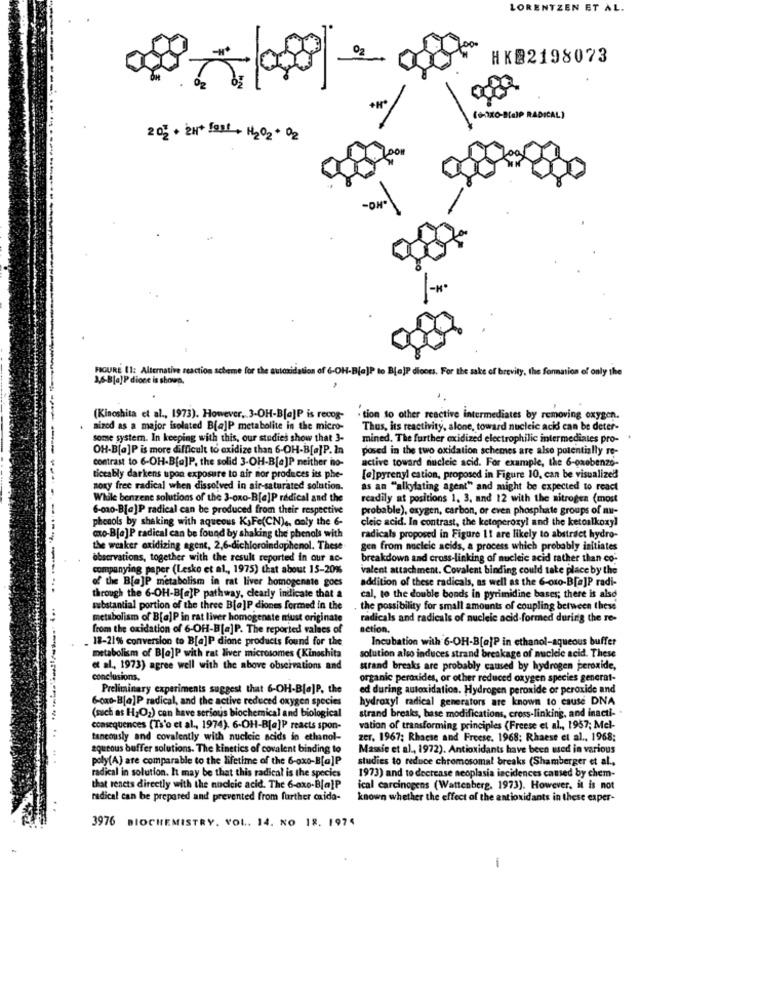
LORENTZEN ET AL.
02
HKB2198073
(GORO-BIGIP RADICAL)
2 02 + 2H* Fax: + H2O2+ O2
-OH-
FIGURE (1: Alternative reaction scheme for the autoxidation of 6-OH-B[e]? to B[e]P dicots. For the sake of brevity, the formation of only the
1,6-B[a]P dione is shown.
(Kinoshita et al ., 1973). However, 3-OH-B[a]P is recog-
"tion to other reactive intermediates by removing oxygen.
nized as a major isolated B[a]P metabolite in the micro-
Thus, its reactivity, alone, toward nucleic acids can be deter-
some system. In keeping with this, our studies show that 3-
mined. The further oxidized electrophilic intermediates pro- .
OH-B[a]P is more difficult to oxidize than 6-OH-B[a]P. In
posed in the two oxidation schemes are also potentially re-
contrast to 6-OH-B[a]P, the solid 3-OH-B[e]P neither no-
active toward nucleic acid. For example, the 6-oxobenzo-
ticeably darkens upon exposure to air nor produces its phe-
[@]pyrenyl cation, proposed in Figure 10, can be visualized
noxy free radical when dissolved in air-saturated solution.
as an ""alkylating agent" and might be expected to react
Whule benzene solutions of the 3-oxo-B[e]P radical and the
readily at positions 1, 3, and 12 with the nitrogen (most
6-ma0-B[a]P radical can be produced from their respective
probable), oxygen, carbon, or even phosphate groups of au-
phenols by shaking with aqueous K,Fe(CN) ,, only the 6-
cleic acid. In contrast, the ketoperoxyl and the ketoalkoxy!
axo-B[a]P radical can be found by shaking the phenols with
radicals proposed in Figure 11 are likely to abstrdet hydro-
the weaker oxidizing agent, 2,6-dichloraindaphenol. These
gen from nucleic acids, a process which probably initiates
observations, together with the result reported in our ac-
breakdown and cross-linking of nucleic acid rather than co.
companying paper (Lesko et al ., 1975) that about 15-20%
valent attachment. Covalent binding could tate place by the
of the B[a]P metabolism in rat liver homogenate goes
addition of these radicals, as well as the 6-oxo-B[e]P radi-
through the 6-OH-B[a]P pathway, clearly indicate that a
cal, to the double bonds in pyrimidine bases; there is also
substantial portion of the three B[e]P diones formed in the
the possibility for small amounts of coupling between these
metabolism of B[a]Pin rat liver homogenate must originate
radicals and radicals of nucleic acid-formed during the re-
from the oxidation of 6-OH-B[a]P. The reported valses of
action.
18-21% conversion to B[a]P dione products found for the
Incubation with 6-OH-B[a]P in ethanol-aqueous buffer
metabolism of B[o]P with rat liver microsomes (Kinoshita
solution also induces strand breakage of nucleic acid. These
et al ., 1973) agree well with the above observations and
strand breaks are probably caused by hydrogen peroxide,
conclusions.
organic peroxides, or other reduced oxygen species generat-
Preliminary experiments suggest that 6-OH-B[a]P, the
ed during autoxidation. Hydrogen peroxide or peroxide and
hydroxy! radical generators are known to cause DNA
6-oxo-B[a]P radical, and the active reduced oxygen species
strand breaks, base modifications, cross-linking, and inacti- .
(such as H2O2) con have serious biochemical and biological
consequences (Ts'o et al ., 1974). 6-OH-B[a]P reacts spon-
vation of transforming principles (Freese et al ., 1957; Mel-
taneously and covalently with nucleic acids in ethanol-
zer, 1967; Rhaese and Freese. 1968; Rhaese et al ., 1968;
aqueous buffer solutions. The kinetics of covalent binding to
Massie et al ., 1972). Antioxidants have been used in various
poly(A) are comparable to the lifetime of the 6-oxo-B[a]P
studies to reduce chromosomal breaks (Shamberger et al .,
radical in solution. It may be that this radical is the species
1973) and to decrease neoplasia incidences caused by chem-
that reacts directly with the nucleic acid. The 6-axo-B[a]P
ical carcinogens (Wattenberg. 1973). However, it is not
radical can be prepared and prevented from further caida-
known whether the effect of the antioxidants in these exper-
3976 BIOCHEMISTRY. VOL .. 14. NO 18. 1974
1